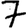
Digit: 7